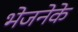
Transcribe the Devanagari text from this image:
भेजनेके